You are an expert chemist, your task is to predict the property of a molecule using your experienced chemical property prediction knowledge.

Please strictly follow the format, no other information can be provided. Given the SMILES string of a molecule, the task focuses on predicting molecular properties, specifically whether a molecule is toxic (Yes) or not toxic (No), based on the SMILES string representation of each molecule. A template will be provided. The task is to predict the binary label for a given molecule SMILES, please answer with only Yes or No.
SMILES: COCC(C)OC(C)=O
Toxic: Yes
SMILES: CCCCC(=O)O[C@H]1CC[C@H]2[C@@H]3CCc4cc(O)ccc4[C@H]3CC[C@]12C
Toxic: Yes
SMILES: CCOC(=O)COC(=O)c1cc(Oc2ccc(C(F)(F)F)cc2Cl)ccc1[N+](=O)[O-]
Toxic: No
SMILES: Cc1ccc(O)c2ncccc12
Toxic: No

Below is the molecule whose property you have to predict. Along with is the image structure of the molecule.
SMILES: Cc1ccc(S(=O)(=O)[N-]Cl)cc1
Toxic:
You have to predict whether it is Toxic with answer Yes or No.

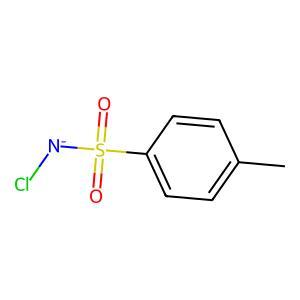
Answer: No